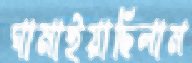
ঘামাইয়াছিলাম